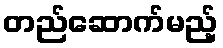
တည်ဆောက်မည့်